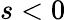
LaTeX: s<0